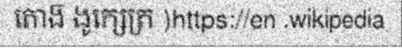
តោង៑ ងូក្សេត្រ )https://en .wikipedia